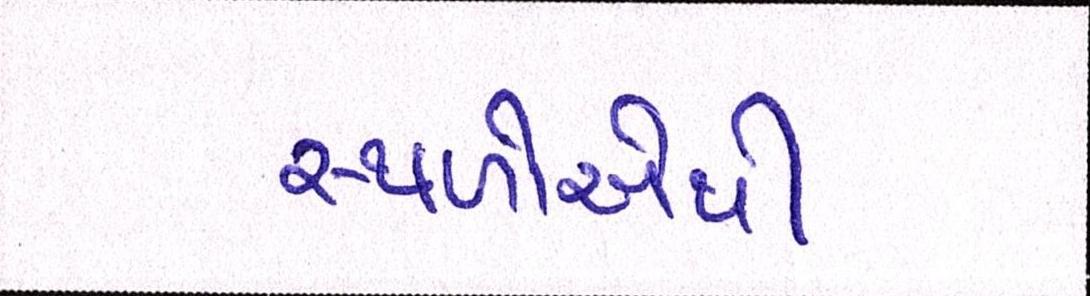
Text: સ્થળોએથી